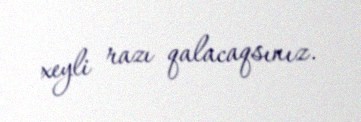
xeyli razı qalacaqsınız.